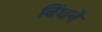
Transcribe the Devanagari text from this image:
बिंधने